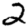
Digit: 2